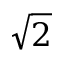
\sqrt { 2 }